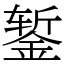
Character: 錾